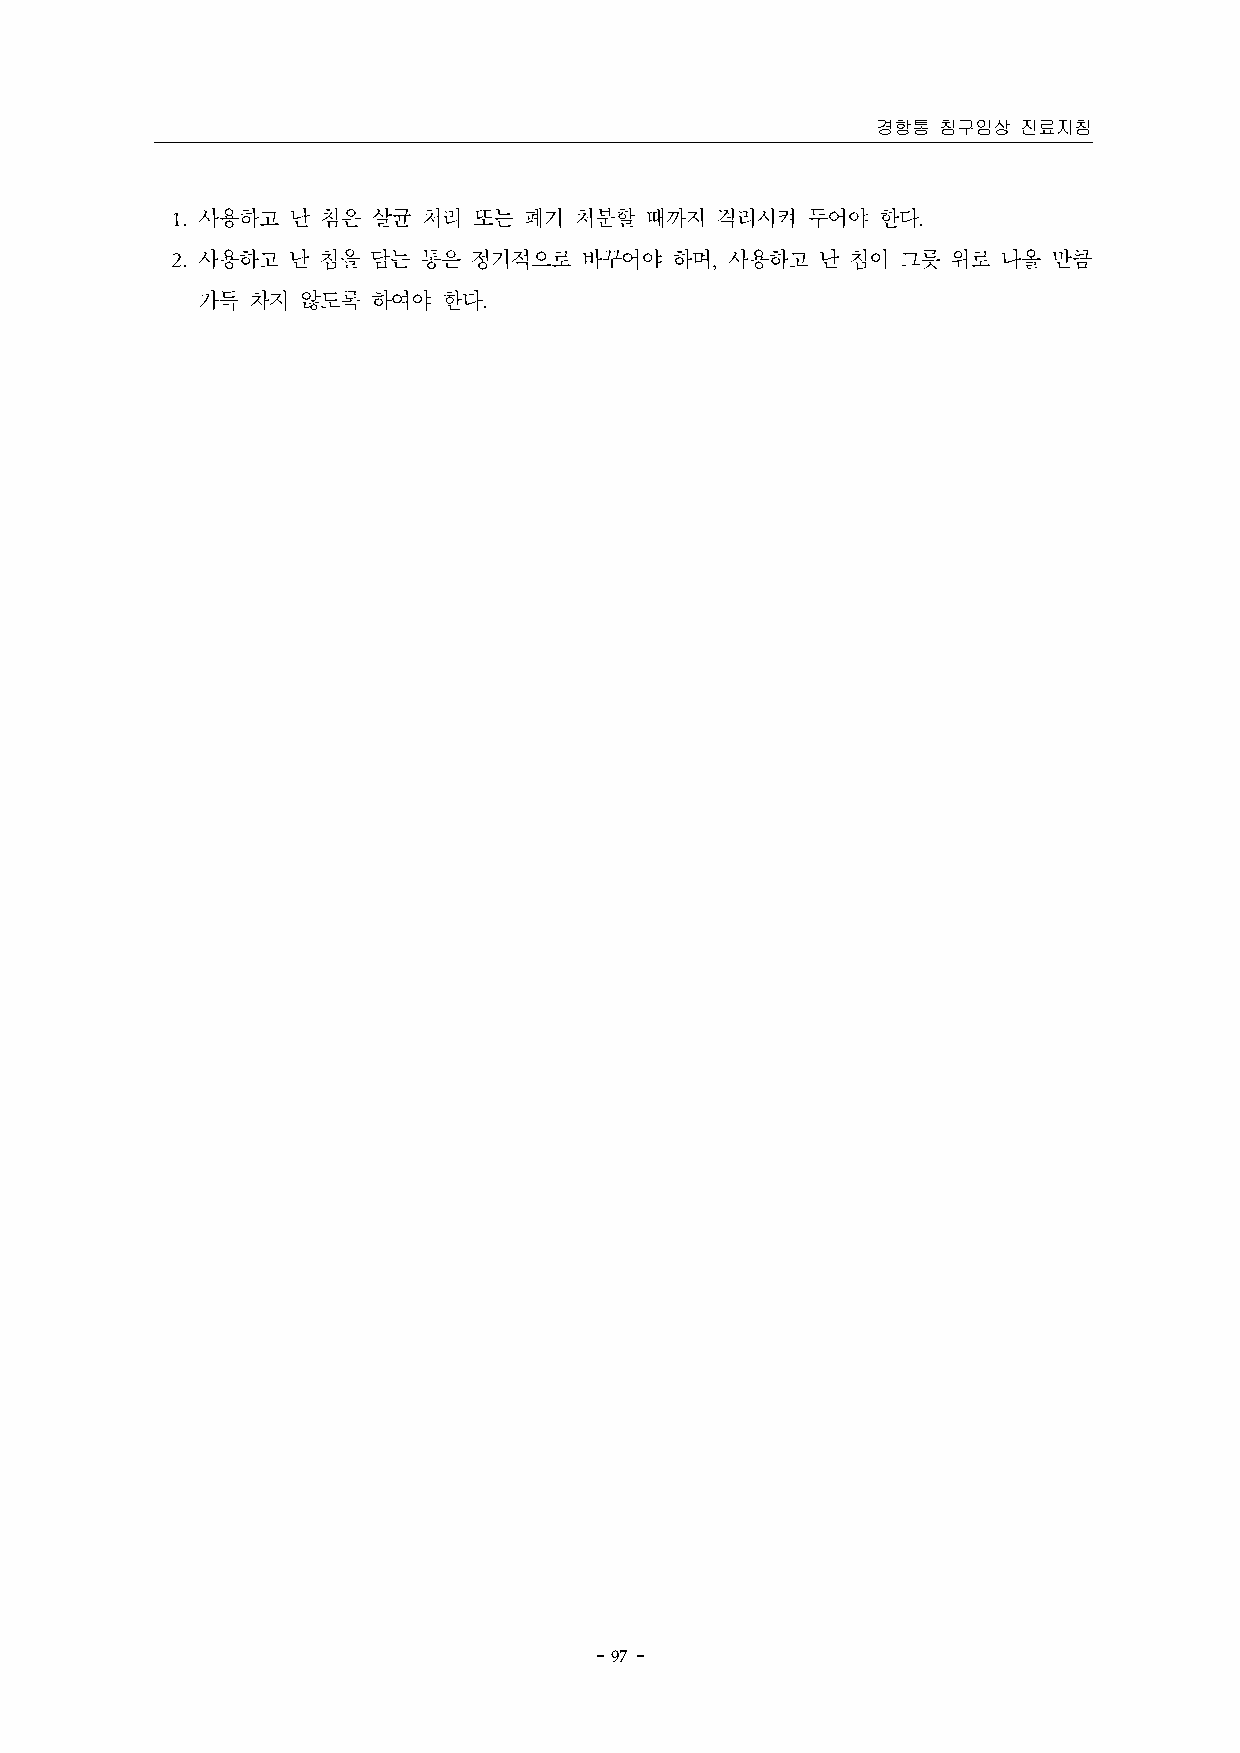
경항통 침구임상  진료지침
 1. 사용하고 난 침은  살균 처리 또는  폐기 처분할  때까지 격리시켜  두어야  한다.
 2. 사용하고 난 침을 담는  통은 정기적으로  바꾸어야  하며, 사용하고  난 침이  그릇 위로 나올  만큼
 가득 차지  않도록  하여야 한다.
 － 97 －